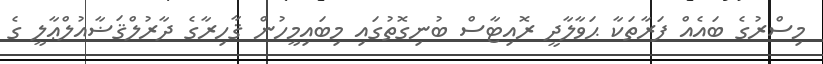
މިސްރުގެ ބައެއް ފަރާތަކާ ޙަވާލާދީ ރޮއިޓާސް ބުނިގޮތުގައި މިބައިމީހުން ޤާހިރާގެ ދާރުލްޤަޟާއުލްޢާލީ ގެ